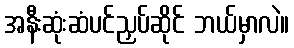
အနီးဆုံးဆံပင်ညှပ်ဆိုင် ဘယ်မှာလဲ။